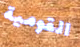
القومية